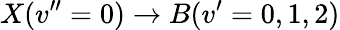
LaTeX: X(v^{\prime\prime}=0)\rightarrow B(v^{\prime}=0,1,2)